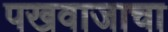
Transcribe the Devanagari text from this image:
पखवाजाचा